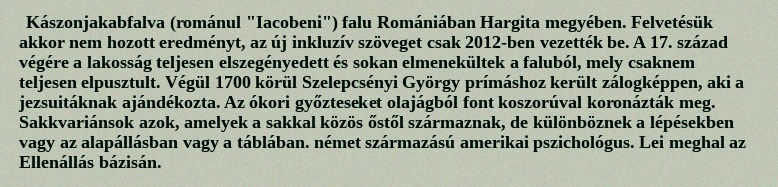
Kászonjakabfalva (románul "Iacobeni") falu Romániában Hargita megyében. Felvetésük akkor nem hozott eredményt, az új inkluzív szöveget csak 2012-ben vezették be. A 17. század végére a lakosság teljesen elszegényedett és sokan elmenekültek a faluból, mely csaknem teljesen elpusztult. Végül 1700 körül Szelepcsényi György prímáshoz került zálogképpen, aki a jezsuitáknak ajándékozta. Az ókori győzteseket olajágból font koszorúval koronázták meg. Sakkvariánsok azok, amelyek a sakkal közös őstől származnak, de különböznek a lépésekben vagy az alapállásban vagy a táblában. német származású amerikai pszichológus. Lei meghal az Ellenállás bázisán.